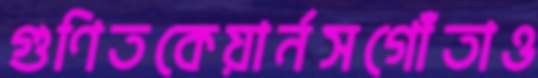
গুণিতকেয়ার্নসগোঁতাও